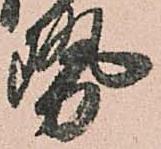
勢